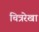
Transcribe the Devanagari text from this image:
चित्ररेखा